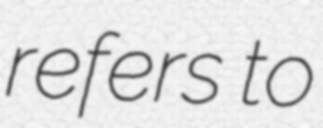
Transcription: refers to